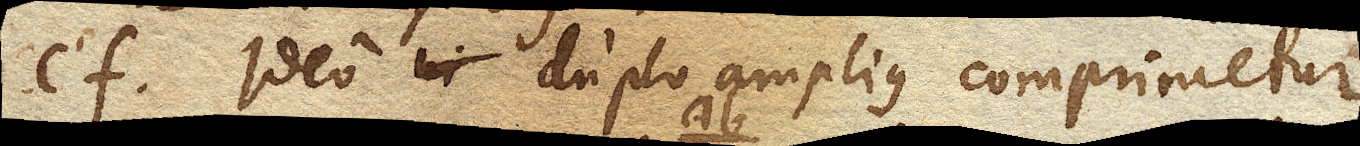
cf. ideo duplo amplius comprimetur